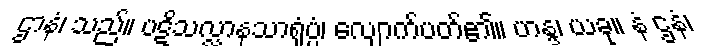
ဌာနံ၊ သည်။ ပဋိသလ္လာနသာရုံပ္ပံ၊ လျောက်ပတ်၏။ ဟန္ဒ၊ ယခု။ နံ ဌနံ၊